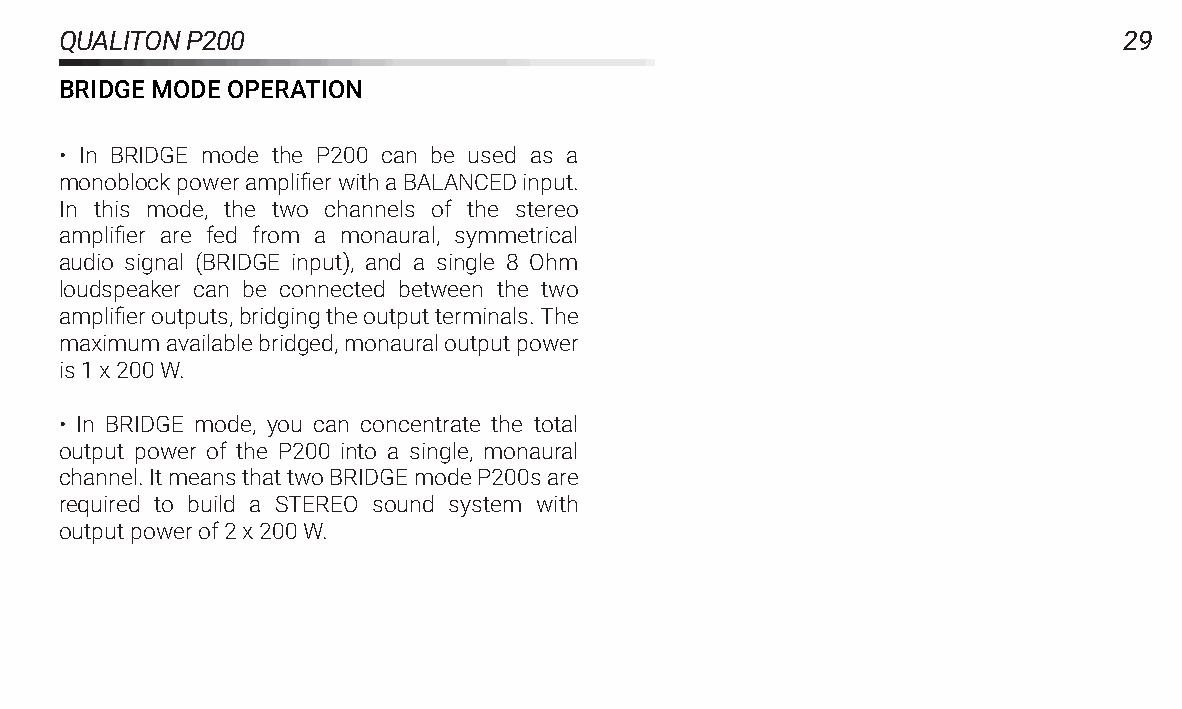
QUALITONP200                                                          29
 BRIDGEMODEOPERATION
 • In BRIDGE mode the P200 can be used as a
 monoblockpoweramplifierwithaBALANCEDinput.
 In this mode, the two channels of the stereo
 amplifier are fed from a monaural, symmetrical
 audio signal (BRIDGE input), and a single 8 Ohm
 loudspeaker can be connected between the two
 amplifieroutputs,bridgingtheoutputterminals.The
 maximumavailablebridged,monauraloutputpower
 is1x200W.
 • In BRIDGE mode, you can concentrate the total
 output power of the P200 into a single, monaural
 channel.ItmeansthattwoBRIDGEmodeP200sare
 required to build a STEREO sound system with
 outputpowerof2x200W.